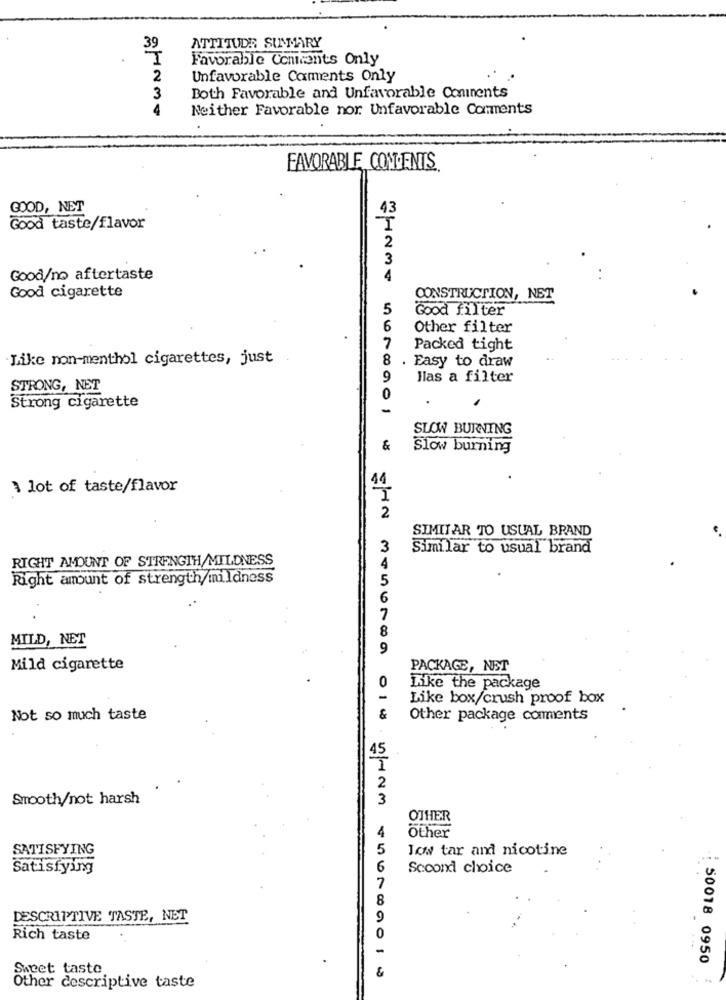
39
ATTITUDE SUMMARY
I
Favorable Contents Only
2
Unfavorable Caments Only
3
Both Favorable and Unfavorable Coninents
4
Neither Favorable nor Unfavorable Comments
FAVORABLE CONCENTS
GOOD, NET
Good taste/flavor
Good/no aftertaste
Good cigarette
CONSTRUCTION, NET
5
Good filter
6
Other filter
7
Packed tight
Like non-menthol cigarettes, just
8
. Easy to draw
9
Hlas a filter
STRONG, NET
0
.
Strong cigarette
-
SLOW BURNING
&
Slow burning
1 lot of taste/flavor
2
SIMIT AR TO USUAL BRAND
3
Similar to usual brand
RIGHT AMOUNT OF STRENGTH/MILDNESS
4
Right amount of strength/mmildness
5
6
7
8
MILD, NET
9
Mild cigarette
PACKAGE, NET
Like the package
Like box/crush proof box
Not so much taste
&
Other package comments
2
Smooth/not harsh
3
OTHER
Other
SATISFYING
5
low tar and nicotine
Satisfying
6
Scoond choice
DESCRIPTIVE TASTE, NET
Rich taste
: 50018 0950
Sweet taste
Other descriptive taste